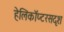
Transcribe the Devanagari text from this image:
हेलिकॉप्टरसदृश